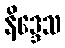
နိဒ္ဒေသ